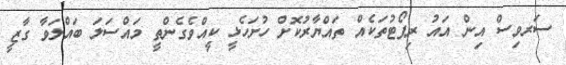
ސަރވިސް އިން އައު ރިޕޯޓުތަކެއް ތައްޔާރުކޮށް ހުށަހެޅީ ކީއްވެގެންތީ މައްސަލަ ބައްލަވާ ގާޒީ